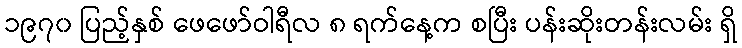
၁၉၇၀ ပြည့်နှစ် ဖေဖော်ဝါရီလ ၈ ရက်နေ့က စပြီး ပန်းဆိုးတန်းလမ်း ရှိ